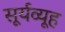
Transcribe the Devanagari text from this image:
सूर्यव्यूह